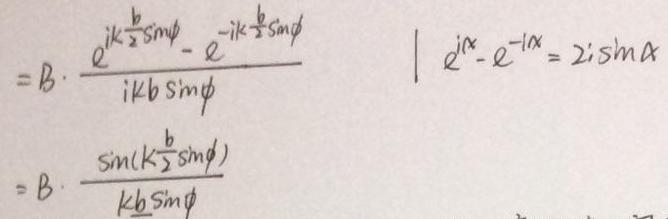
\[
\begin{align*}
&=B\cdot\frac{e^{iK\frac{b}{2}\sin\psi}-e^{-iK\frac{b}{2}\sin\psi}}{iKb\sin\psi}\\
&=B\cdot\frac{\sin(K\frac{b}{2}\sin\psi)}{Kb\sin\psi}
\end{align*}
\quad
\vert e^{i\alpha}-e^{-i\alpha}=2i\sin\alpha\vert
\]